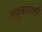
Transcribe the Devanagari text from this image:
लष्करातली